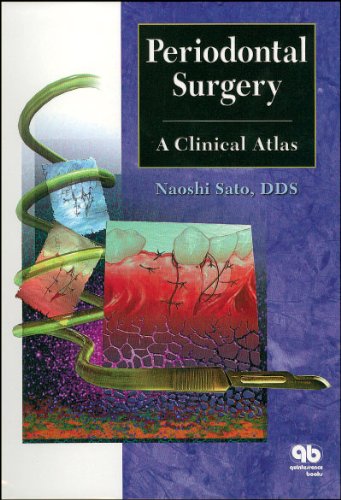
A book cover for Periodontal Surgery: A Clinical Atlas; Naoshi Sato; Medical Books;